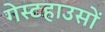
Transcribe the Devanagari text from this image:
गेस्टहाउसों